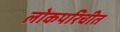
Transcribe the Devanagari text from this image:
लोकपरिचीत